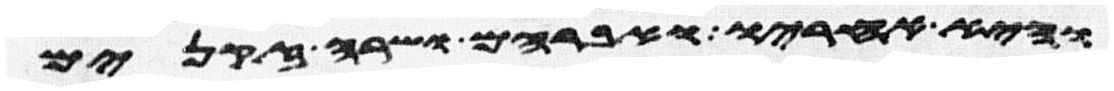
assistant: והיא אחריו ואברהם ושרה זקנים